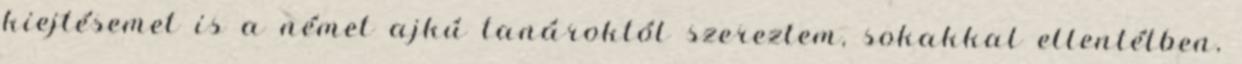
kiejtésemet is a német ajkú tanároktól szereztem, sokakkal ellentétben,